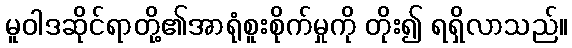
မူဝါဒဆိုင်ရာတို့၏အာရုံစူးစိုက်မှုကို တိုး၍ ရရှိလာသည်။